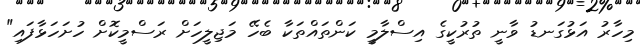
މިހާރު އަޅުގަނޑު ވާނީ ތުރުކީގެ އިސްލާމީ ކަންތައްތަކާ ބެހޭ މަޖިލީހަށް ރަސްމީކޮށް ހުށަހަޅާފައި"